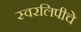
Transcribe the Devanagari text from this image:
स्वरलिपीचे